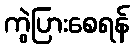
ကွဲပြားစေရန်